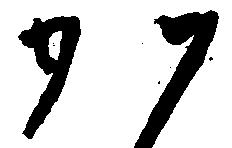
か